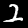
Label: 2